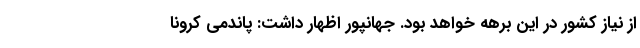
از نیاز کشور در این برهه خواهد بود. جهانپور اظهار داشت: پاندمی کرونا